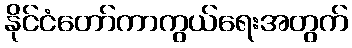
နိုင်ငံတော်ကာကွယ်ရေးအတွက်